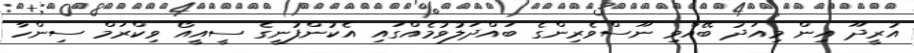
އުރީދޫ އިން މިއަދު ބޭއްވި ނޫސްވެރިންގެ ބައްދަލުވުމެއްގައި އެކުންފުނީގެ ސީއީއޯ ވިކްރަމް ސިންހާ